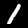
Label: 1